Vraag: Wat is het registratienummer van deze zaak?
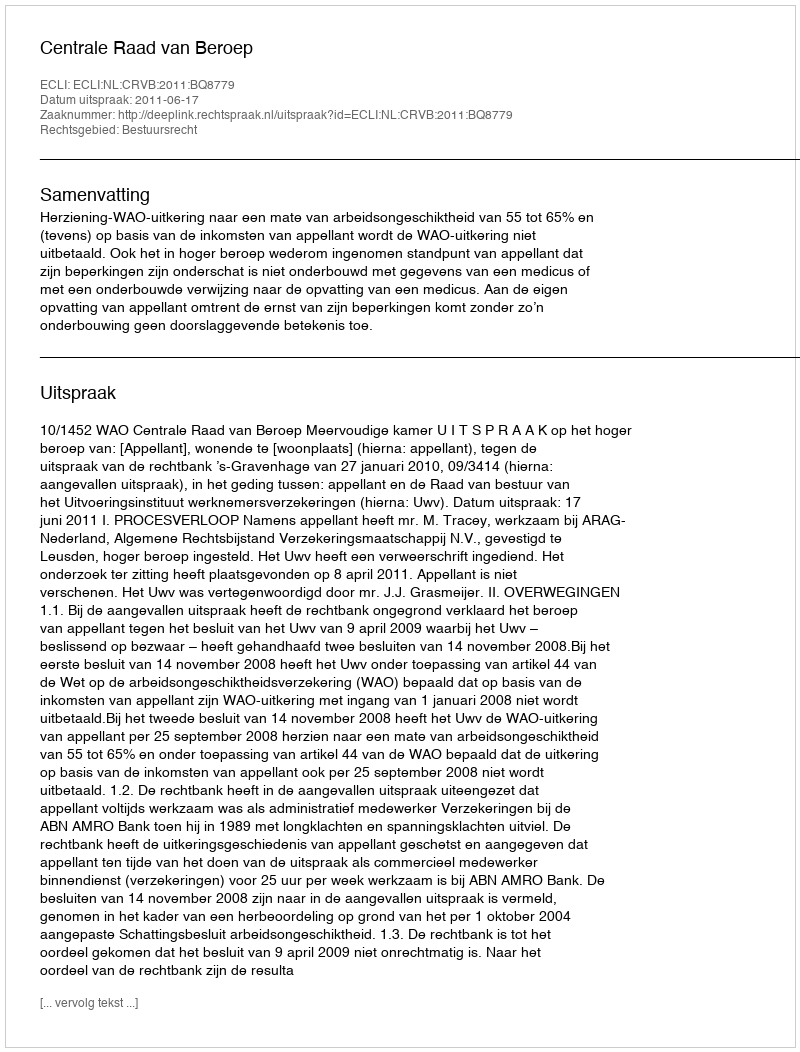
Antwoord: http://deeplink.rechtspraak.nl/uitspraak?id=ECLI:NL:CRVB:2011:BQ8779